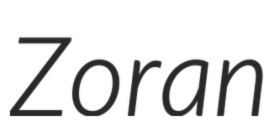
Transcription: Zoran